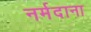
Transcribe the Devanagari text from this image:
नर्मदाना